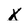
Character: X